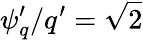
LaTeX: \psi_{q}^{\prime}/q^{\prime}=\sqrt{2}